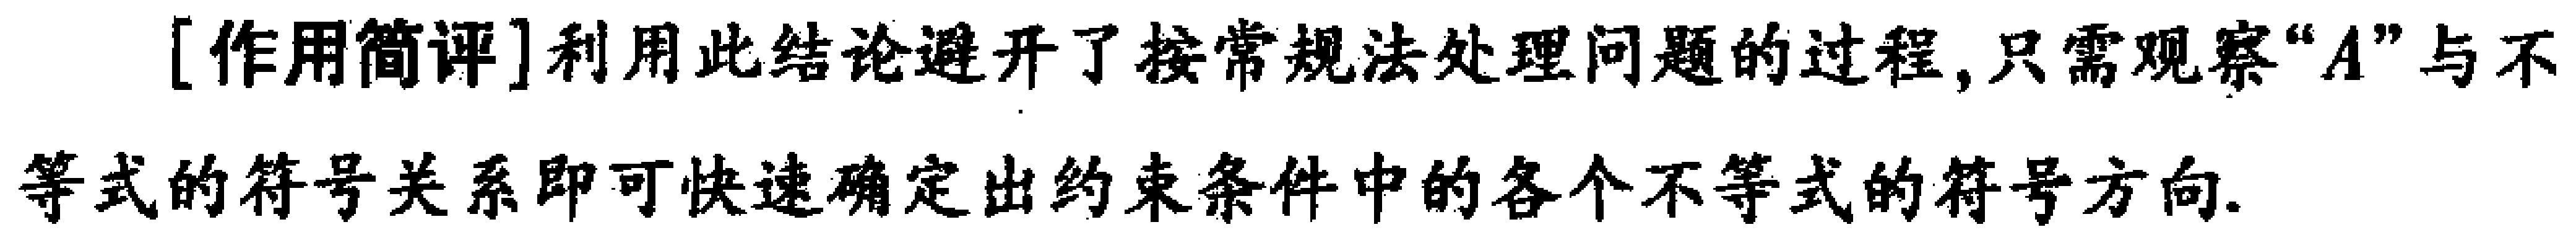
[作用简评]利用此结论避开了按常规法处理问题的过程,只需观察“\(A\)”与不等式的符号关系即可快速确定出约束条件中的各个不等式的符号方向.